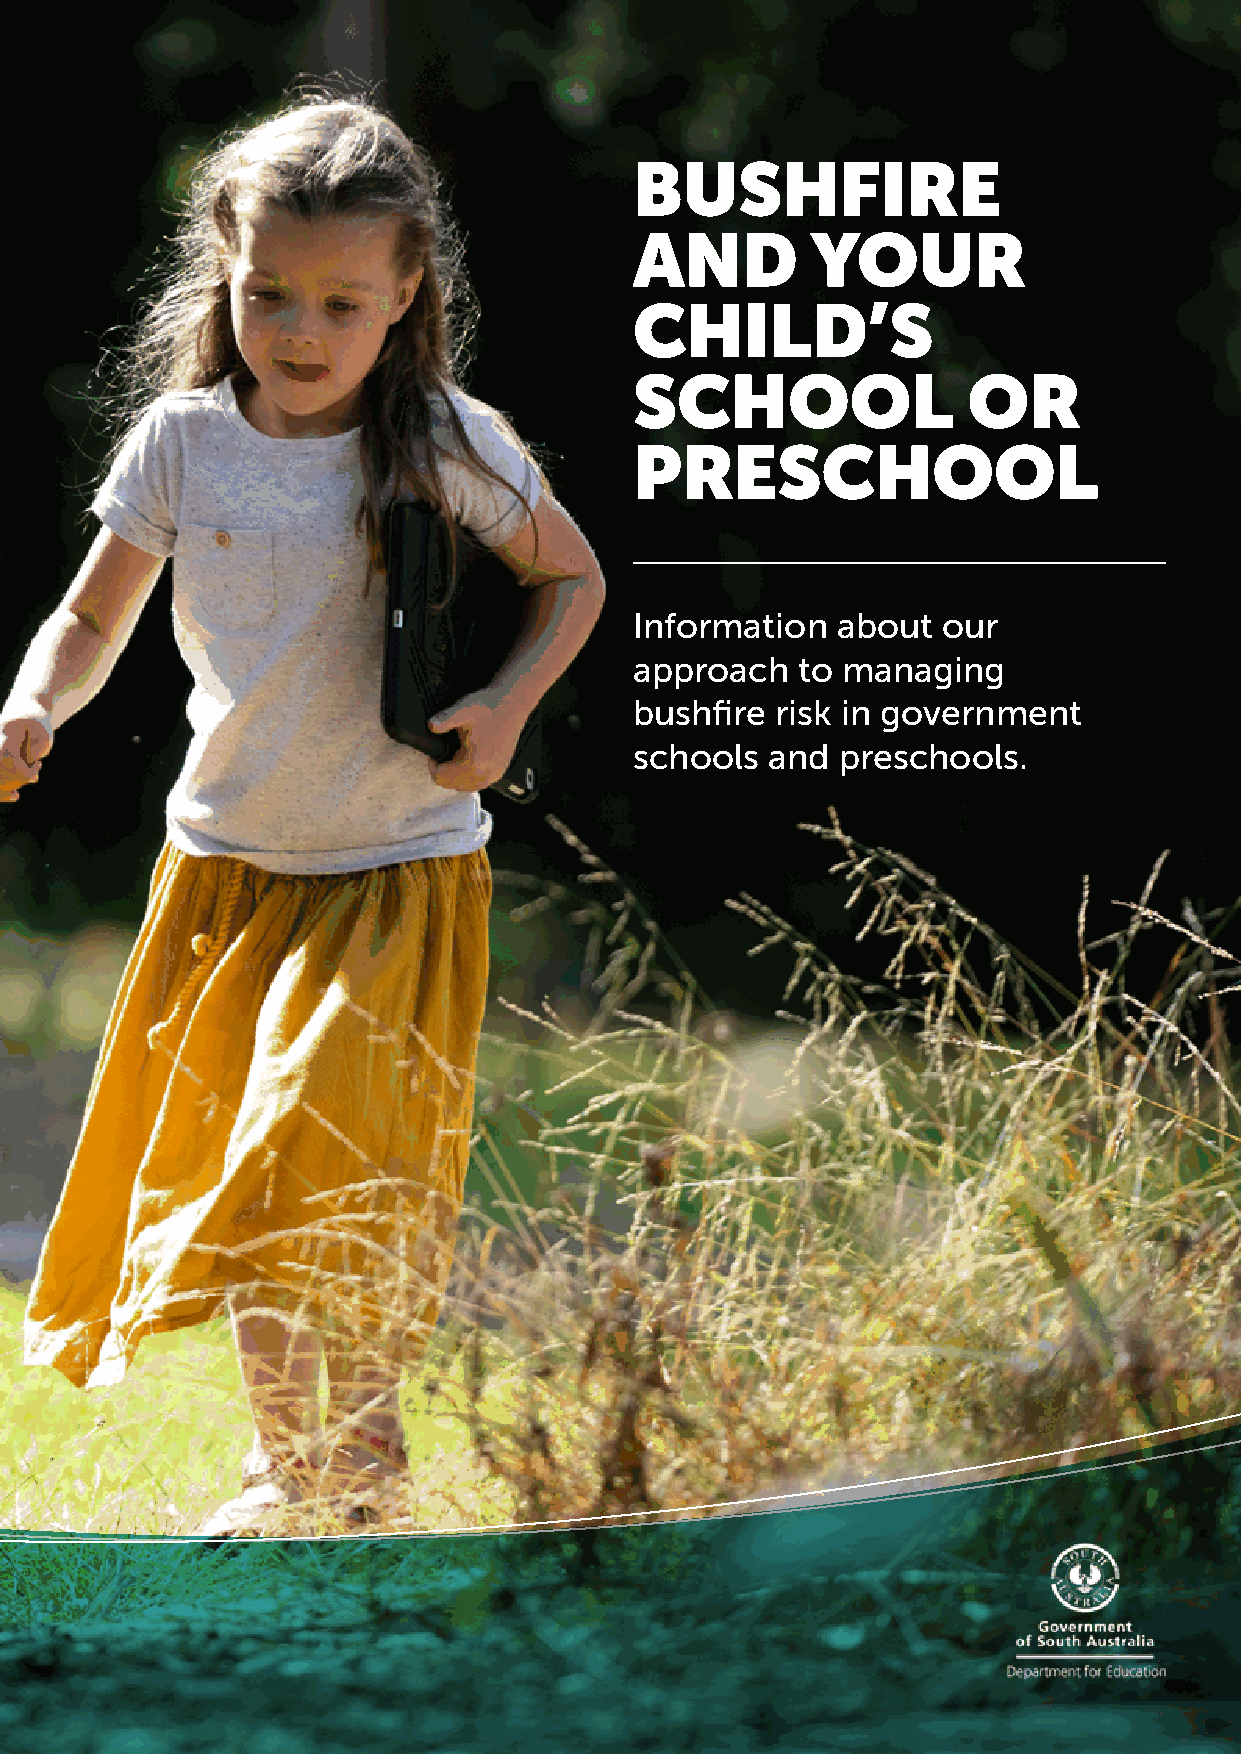
BUSHFIRE
 AND         YOUR
 CHILD’S
 SCHOOL                OR
 PRESCHOOL
 Information  about  our
 approach   to managing
 bushfire risk in government
 schools  and preschools.
 Bushfire and your child’s school or preschool | 1